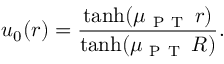
u _ { 0 } ( r ) = \frac { \operatorname { t a n h } ( \mu _ { \mathrm { ~ P ~ T ~ } } \, r ) } { \operatorname { t a n h } ( \mu _ { \mathrm { ~ P ~ T ~ } } \, R ) } .